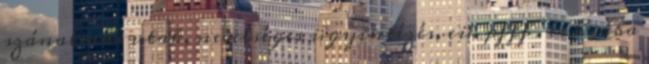
szánalmas utak, nevetséges ügyintézés, eü. pfff . és hiába